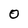
Character: O